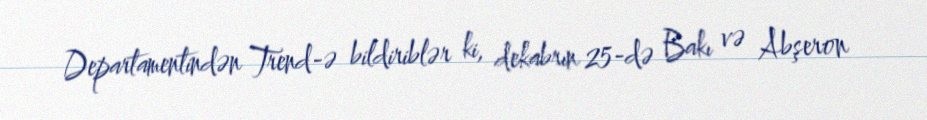
Departamentindən Trend-ə bildiriblər ki, dekabrın 25-də Bakı və Abşeron